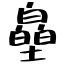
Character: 皨